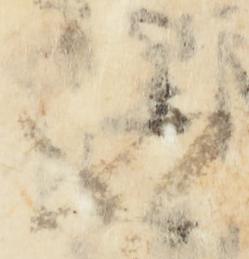
不